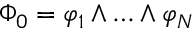
\Phi _ { 0 } = \varphi _ { 1 } \wedge \ldots \wedge \varphi _ { N }